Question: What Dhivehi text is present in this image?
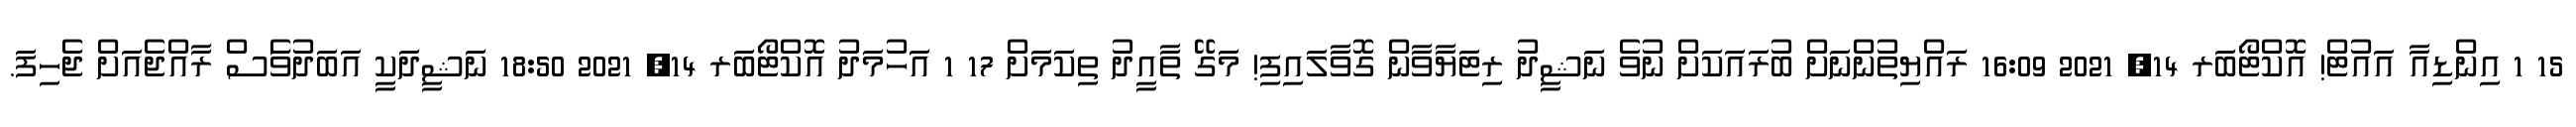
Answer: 15 1 އިންޑިއާ އައުޓް! އޮކްޓޯބަރ 14, 2021 16:09 ރައްޔިތުންނަށް ބުރައަކަށް ނުވެ ނަޝީދު ރިޓަޔާވާން ގޮވާލައިފި! މަގޭ ތާއީދު ތިކަމަށް 17 1 އަހުމަދު އޮކްޓޯބަރ 14, 2021 18:50 ނަޝީދަކީ އަބަދުވެަސް ރާއްޖެއަށް ޖެހިފަ.